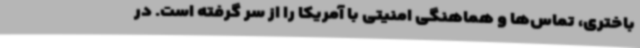
باختری، تماس‌ها و هماهنگی امنیتی با آمریکا را از سر گرفته است. در